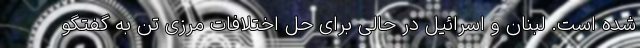
شده است. لبنان و اسرائیل در حالی برای حل اختلافات مرزی تن به گفتگو